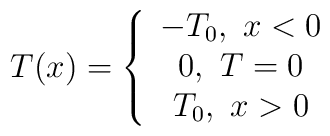
T(x)=\left\{ \begin{array}{ccc} -T_0 , \ x< 0 \\                                                0 , \ T=0 \\                                             T_0 , \ x>0 \\\end{array}\right.